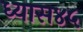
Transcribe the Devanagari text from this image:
ध्यास४५